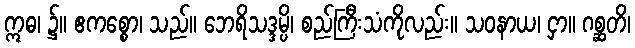
ဣဓ၊ ၌။ ဧကစ္စော၊ သည်။ ဘေရိသဒ္ဒမ္ပိ၊ စည်ကြီးသံကိုလည်း။ သဝနာယ၊ ငှာ။ ဂစ္ဆတိ၊